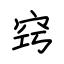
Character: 窍